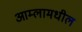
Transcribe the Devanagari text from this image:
आम्लामधील